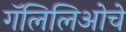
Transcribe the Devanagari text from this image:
गॅलिलिओचे